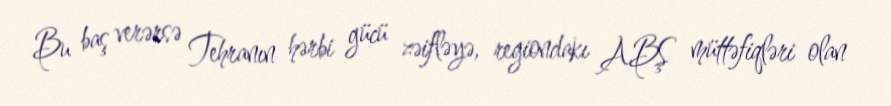
Bu baş verərsə Tehranın hərbi gücü zəifləyə, regiondakı ABŞ müttəfiqləri olan